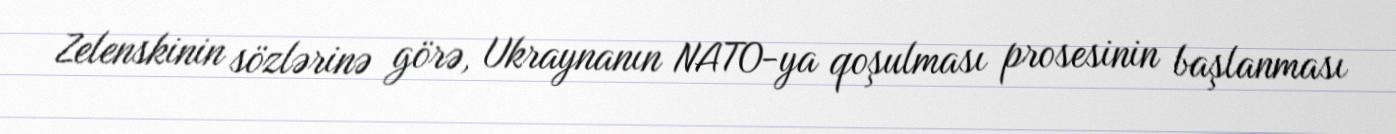
Zelenskinin sözlərinə görə, Ukraynanın NATO-ya qoşulması prosesinin başlanması